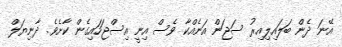
އޭނަ ދެން ބަލައިލިއިރު ސަޖަން އަނެއްކާ ވެސް އިނީ އިސްޖަހައިގެން ކާށެވެ. ދާނިޔަލް